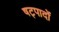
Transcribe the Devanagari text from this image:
षट्पादों